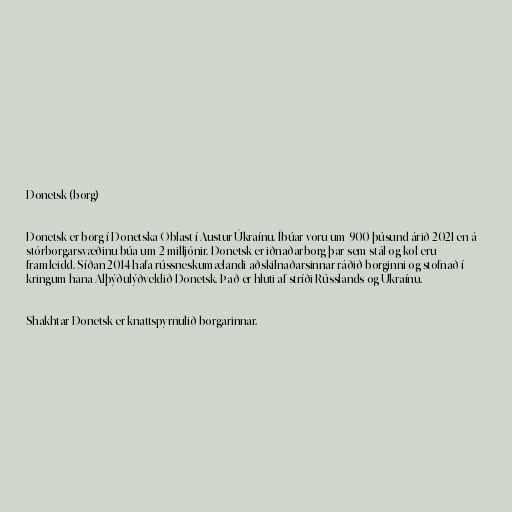
Donetsk (borg)

Donetsk er borg í Donetska Oblast í Austur-Úkraínu. Íbúar voru um 900 þúsund árið 2021 en á
stórborgarsvæðinu búa um 2 milljónir. Donetsk er iðnaðarborg þar sem stál og kol eru
framleidd. Síðan 2014 hafa rússneskumælandi aðskilnaðarsinnar ráðið borginni og stofnað í
kringum hana Alþýðulýðveldið Donetsk. Það er hluti af stríði Rússlands og Úkraínu.

Shakhtar Donetsk er knattspyrnulið borgarinnar.